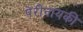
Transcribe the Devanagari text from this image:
पेरीनायकी